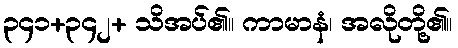
၃၄၁+၃၄၂+ သိအပ်၏။ ကာမာနံ၊ အလိုတို့၏။